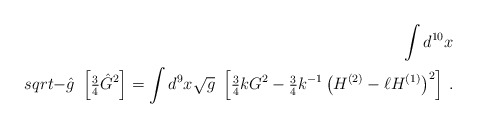
\begin{align*}\int d^{10}x\\sqrt{-\hat{g}}\ \left[ {\textstyle\frac{3}{4}} \hat{G}^{2} \right] =\int d^{9} x\sqrt{g}\ \left[{\textstyle\frac{3}{4}} k G^{2}-{\textstyle\frac{3}{4}}k^{-1}\left( H^{(2)} -\ell H^{(1)}\right)^{2}\right]\, .\end{align*}